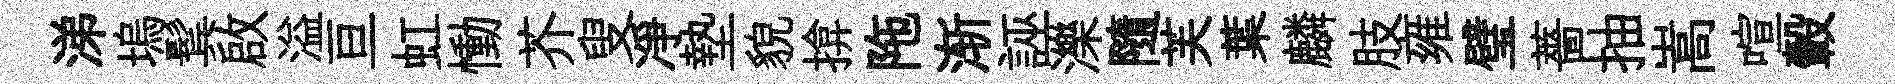
涕塢鬂啟溢亘虹慟芥叟凈墊貌揜陁渐誣濼隨芙葉麟肢雍璧薔抽嵩喧轂